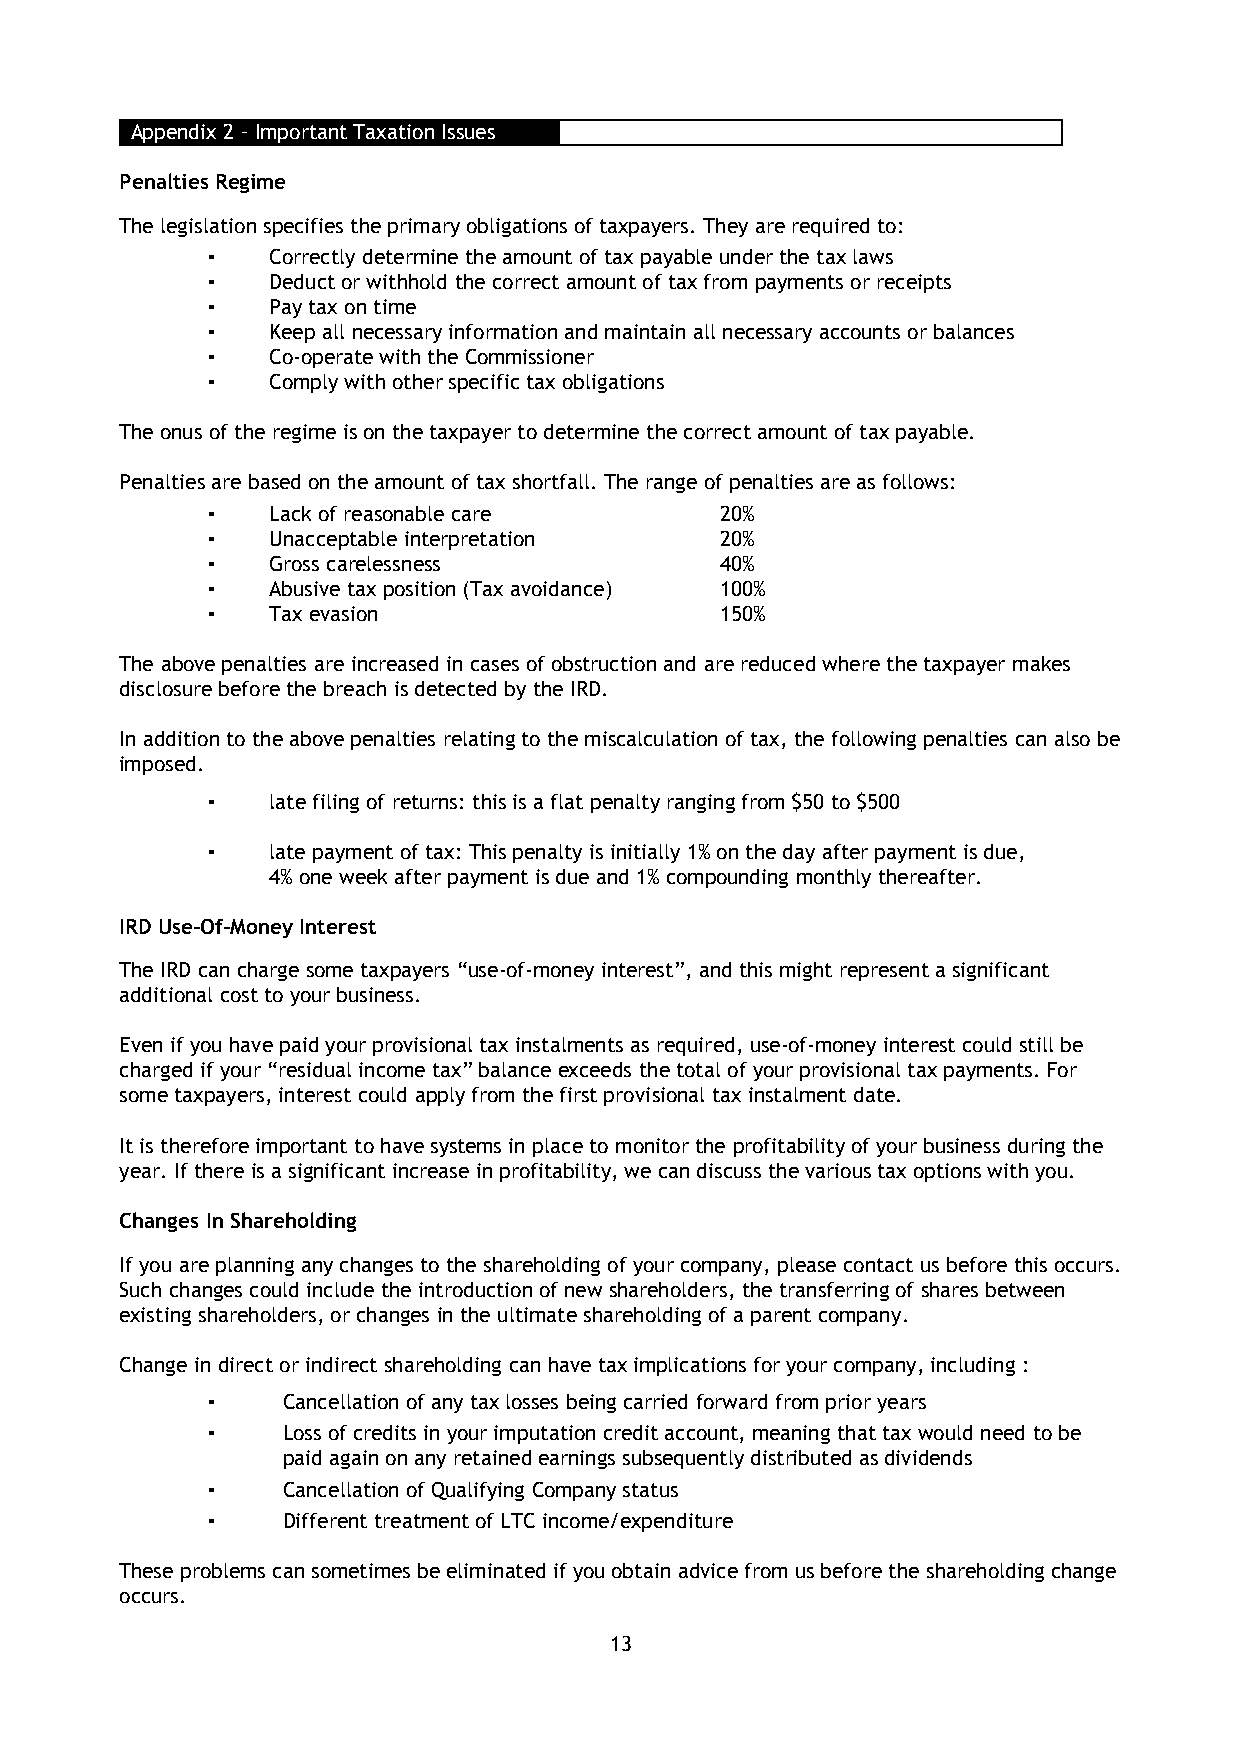
Appendix 2 – Important Taxation Issues
 Penalties Regime
 The legislation specifies the primary obligations of taxpayers. They are required to:
 ▪   Correctly determine the amount of tax payable under the tax laws
 ▪   Deduct or withhold the correct amount of tax from payments or receipts
 ▪   Pay tax on time
 ▪   Keep all necessary information and maintain all necessary accounts or balances
 ▪   Co-operate with the Commissioner
 ▪   Comply with other specific tax obligations
 The onus of the regime is on the taxpayer to determine the correct amount of tax payable.
 Penalties are based on the amount of tax shortfall. The range of penalties are as follows:
 ▪   Lack of reasonable care       20%
 ▪   Unacceptable interpretation   20%
 ▪   Gross carelessness            40%
 ▪   Abusive tax position (Tax avoidance) 100%
 ▪   Tax evasion                   150%
 The above penalties are increased in cases of obstruction and are reduced where the taxpayer makes
 disclosure before the breach is detected by the IRD.
 In addition to the above penalties relating to the miscalculation of tax, the following penalties can also be
 imposed.
 ▪   late filing of returns: this is a flat penalty ranging from $50 to $500
 ▪   late payment of tax: This penalty is initially 1% on the day after payment is due,
 4% one week after payment is due and 1% compounding monthly thereafter.
 IRD Use-Of-Money Interest
 The IRD can charge some taxpayers “use-of-money interest”, and this might represent a significant
 additional cost to your business.
 Even if you have paid your provisional tax instalments as required, use-of-money interest could still be
 charged if your “residual income tax” balance exceeds the total of your provisional tax payments. For
 some taxpayers, interest could apply from the first provisional tax instalment date.
 It is therefore important to have systems in place to monitor the profitability of your business during the
 year. If there is a significant increase in profitability, we can discuss the various tax options with you.
 Changes In Shareholding
 If you are planning any changes to the shareholding of your company, please contact us before this occurs.
 Such changes could include the introduction of new shareholders, the transferring of shares between
 existing shareholders, or changes in the ultimate shareholding of a parent company.
 Change in direct or indirect shareholding can have tax implications for your company, including :
 ▪    Cancellation of any tax losses being carried forward from prior years
 ▪    Loss of credits in your imputation credit account, meaning that tax would need to be
 paid again on any retained earnings subsequently distributed as dividends
 ▪    Cancellation of Qualifying Company status
 ▪    Different treatment of LTC income/expenditure
 These problems can sometimes be eliminated if you obtain advice from us before the shareholding change
 occurs.
 13